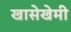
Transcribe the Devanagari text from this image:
खासेखेमी